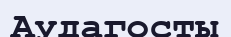
Аудагосты